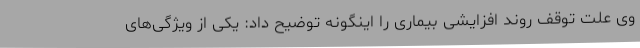
وی علت توقف روند افزایشی بیماری را اینگونه توضیح داد: یکی از ویژگی‌های